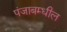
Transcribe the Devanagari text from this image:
पंजाबम्धील